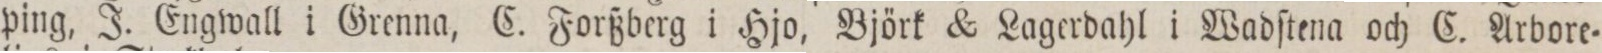
ping, J. Engwall i Grenna, C. Forßberg i Hjo, Björk & Lagerdahl i Wadſtena och C. Arbore=